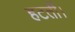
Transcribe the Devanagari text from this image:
हटतीं।